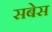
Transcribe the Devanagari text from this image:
सबेस